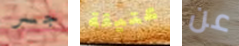
جسر عتيقة عن